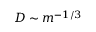
D \sim m ^ { - 1 / 3 }